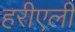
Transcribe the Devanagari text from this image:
हरीएली